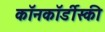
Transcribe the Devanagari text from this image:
कॉनकॉर्डीस्की